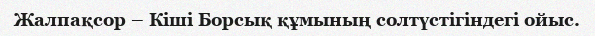
Жалпақсор – Кіші Борсық құмының солтүстігіндегі ойыс.